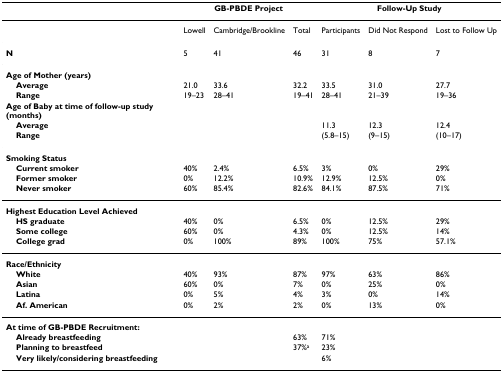
|  | <COLSPAN=3> GB-PBDE Project | <COLSPAN=3> Follow-Up Study |
 | --- | --- | --- | --- | --- | --- | --- |
 |  | Lowell | Cambridge/Brookline | Total | Participants | Did Not Respond | Lost to Follow Up |
 | N | 5 | 41 | 46 | 31 | 8 | 7 |
 | Age of Mother (years) |  |  |  |  |  |  |
 | Average | 21.0 | 33.6 | 32.2 | 33.5 | 31.0 | 27.7 |
 | Range | 19–23 | 28–41 | 19–41 | 28–41 | 21–39 | 19–36 |
 | Age of Baby at time of follow-up study (months) |  |  |  |  |  |  |
 | Average |  |  |  | 11.3 | 12.3 | 12.4 |
 | Range |  |  |  | (5.8–15) | (9–15) | (10–17) |
 | Smoking Status |  |  |  |  |  |  |
 | Current smoker | 40% | 2.4% | 6.5% | 3% | 0% | 29% |
 | Former smoker | 0% | 12.2% | 10.9% | 12.9% | 12.5% | 0% |
 | Never smoker | 60% | 85.4% | 82.6% | 84.1% | 87.5% | 71% |
 | Highest Education Level Achieved |  |  |  |  |  |  |
 | HS graduate | 40% | 0% | 6.5% | 0% | 12.5% | 29% |
 | Some college | 60% | 0% | 4.3% | 0% | 12.5% | 14% |
 | College grad | 0% | 100% | 89% | 100% | 75% | 57.1% |
 | Race/Ethnicity |  |  |  |  |  |  |
 | White | 40% | 93% | 87% | 97% | 63% | 86% |
 | Asian | 60% | 0% | 7% | 0% | 25% | 0% |
 | Latina | 0% | 5% | 4% | 3% | 0% | 14% |
 | Af. American | 0% | 2% | 2% | 0% | 13% | 0% |
 | At time of GB-PBDE Recruitment: |  |  |  |  |  |  |
 | Already breastfeeding |  |  | 63% | 71% |  |  |
 | Planning to breastfeed |  |  | 37%a | 23% |  |  |
 | Very likely/considering breastfeeding |  |  |  | 6% |  |  |